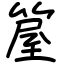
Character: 箼